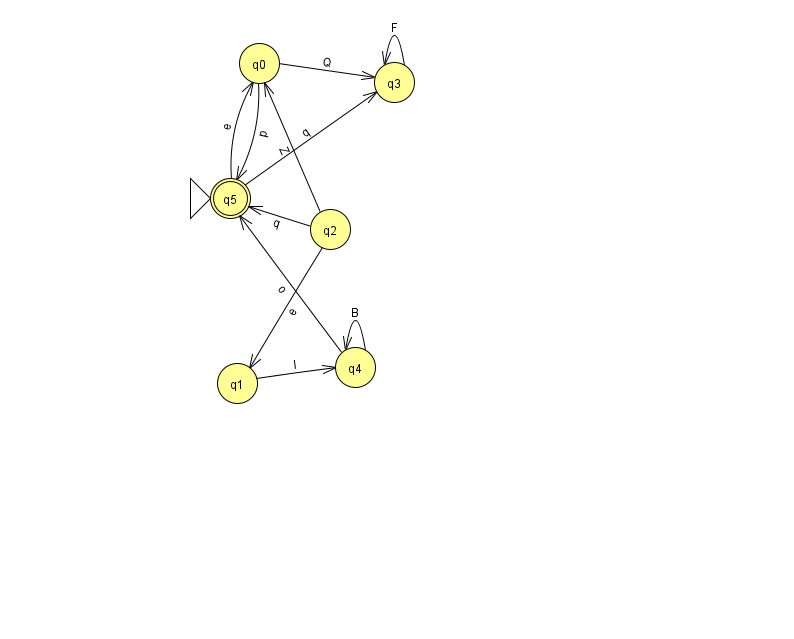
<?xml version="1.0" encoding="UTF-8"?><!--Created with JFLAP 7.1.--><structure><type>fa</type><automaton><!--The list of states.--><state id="0" name="q0"><x>259.0</x><y>50.0</y></state><state id="1" name="q1"><x>237.0</x><y>370.0</y></state><state id="2" name="q2"><x>330.0</x><y>216.0</y></state><state id="3" name="q3"><x>394.0</x><y>69.0</y></state><state id="4" name="q4"><x>355.0</x><y>354.0</y></state><state id="5" name="q5"><x>230.0</x><y>185.0</y><initial/><final/></state><!--The list of transitions.--><transition><from>0</from><to>3</to><read>Q</read></transition><transition><from>2</from><to>5</to><read>q</read></transition><transition><from>4</from><to>4</to><read>B</read></transition><transition><from>5</from><to>3</to><read>q</read></transition><transition><from>0</from><to>5</to><read>p</read></transition><transition><from>4</from><to>5</to><read>o</read></transition><transition><from>3</from><to>3</to><read>F</read></transition><transition><from>5</from><to>0</to><read>e</read></transition><transition><from>2</from><to>0</to><read>Z</read></transition><transition><from>2</from><to>1</to><read>e</read></transition><transition><from>1</from><to>4</to><read>l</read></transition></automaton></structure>